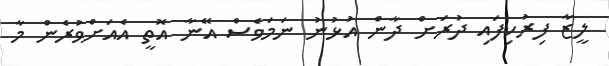
ލީޒާ ފިރުކިފައި ދުރަށް ދާން އުޅުނު ނަމަވެސް އޭނާ އޮތީ އެއަށްވުރެން މާ